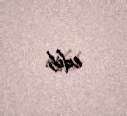
edib.